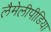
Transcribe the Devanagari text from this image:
लैमेलीपीडिया